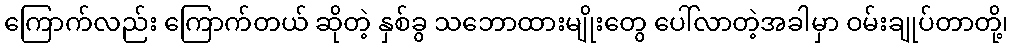
ကြောက်လည်း ကြောက်တယ် ဆိုတဲ့ နှစ်ခွ သဘောထားမျိုးတွေ ပေါ်လာတဲ့အခါမှာ ဝမ်းချုပ်တာတို့၊